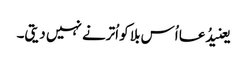
یعنیدُعا اُس بلا کو اُترنے نہیں دیتی۔